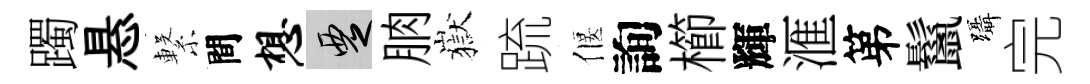
躅悬繋間想覂朒嶽䟽偃詢櫛輝滙第鬣躡完